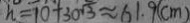
h = 1 0 + 3 0 \sqrt { 3 } \approx 6 1 . 9 ( c m )